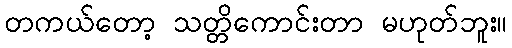
တကယ်တော့ သတ္တိကောင်းတာ မဟုတ်ဘူး။